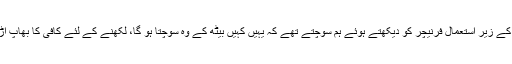
سو وکٹر کے گھر میں گھومتے اور اس کے زیر استعمال فرنیچر کو دیکھتے ہوئے ہم سوچتے تھے کہ یہیں کہیں بیٹھ کے وہ سوچتا ہو گا، لکھنے کے لئے کافی کا بھاپ اڑاتا مگ شاید اسی میز پہ رکھا جاتا ہو گا۔